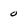
Character: 0